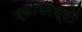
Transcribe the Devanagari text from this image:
एडमिरैल्टी